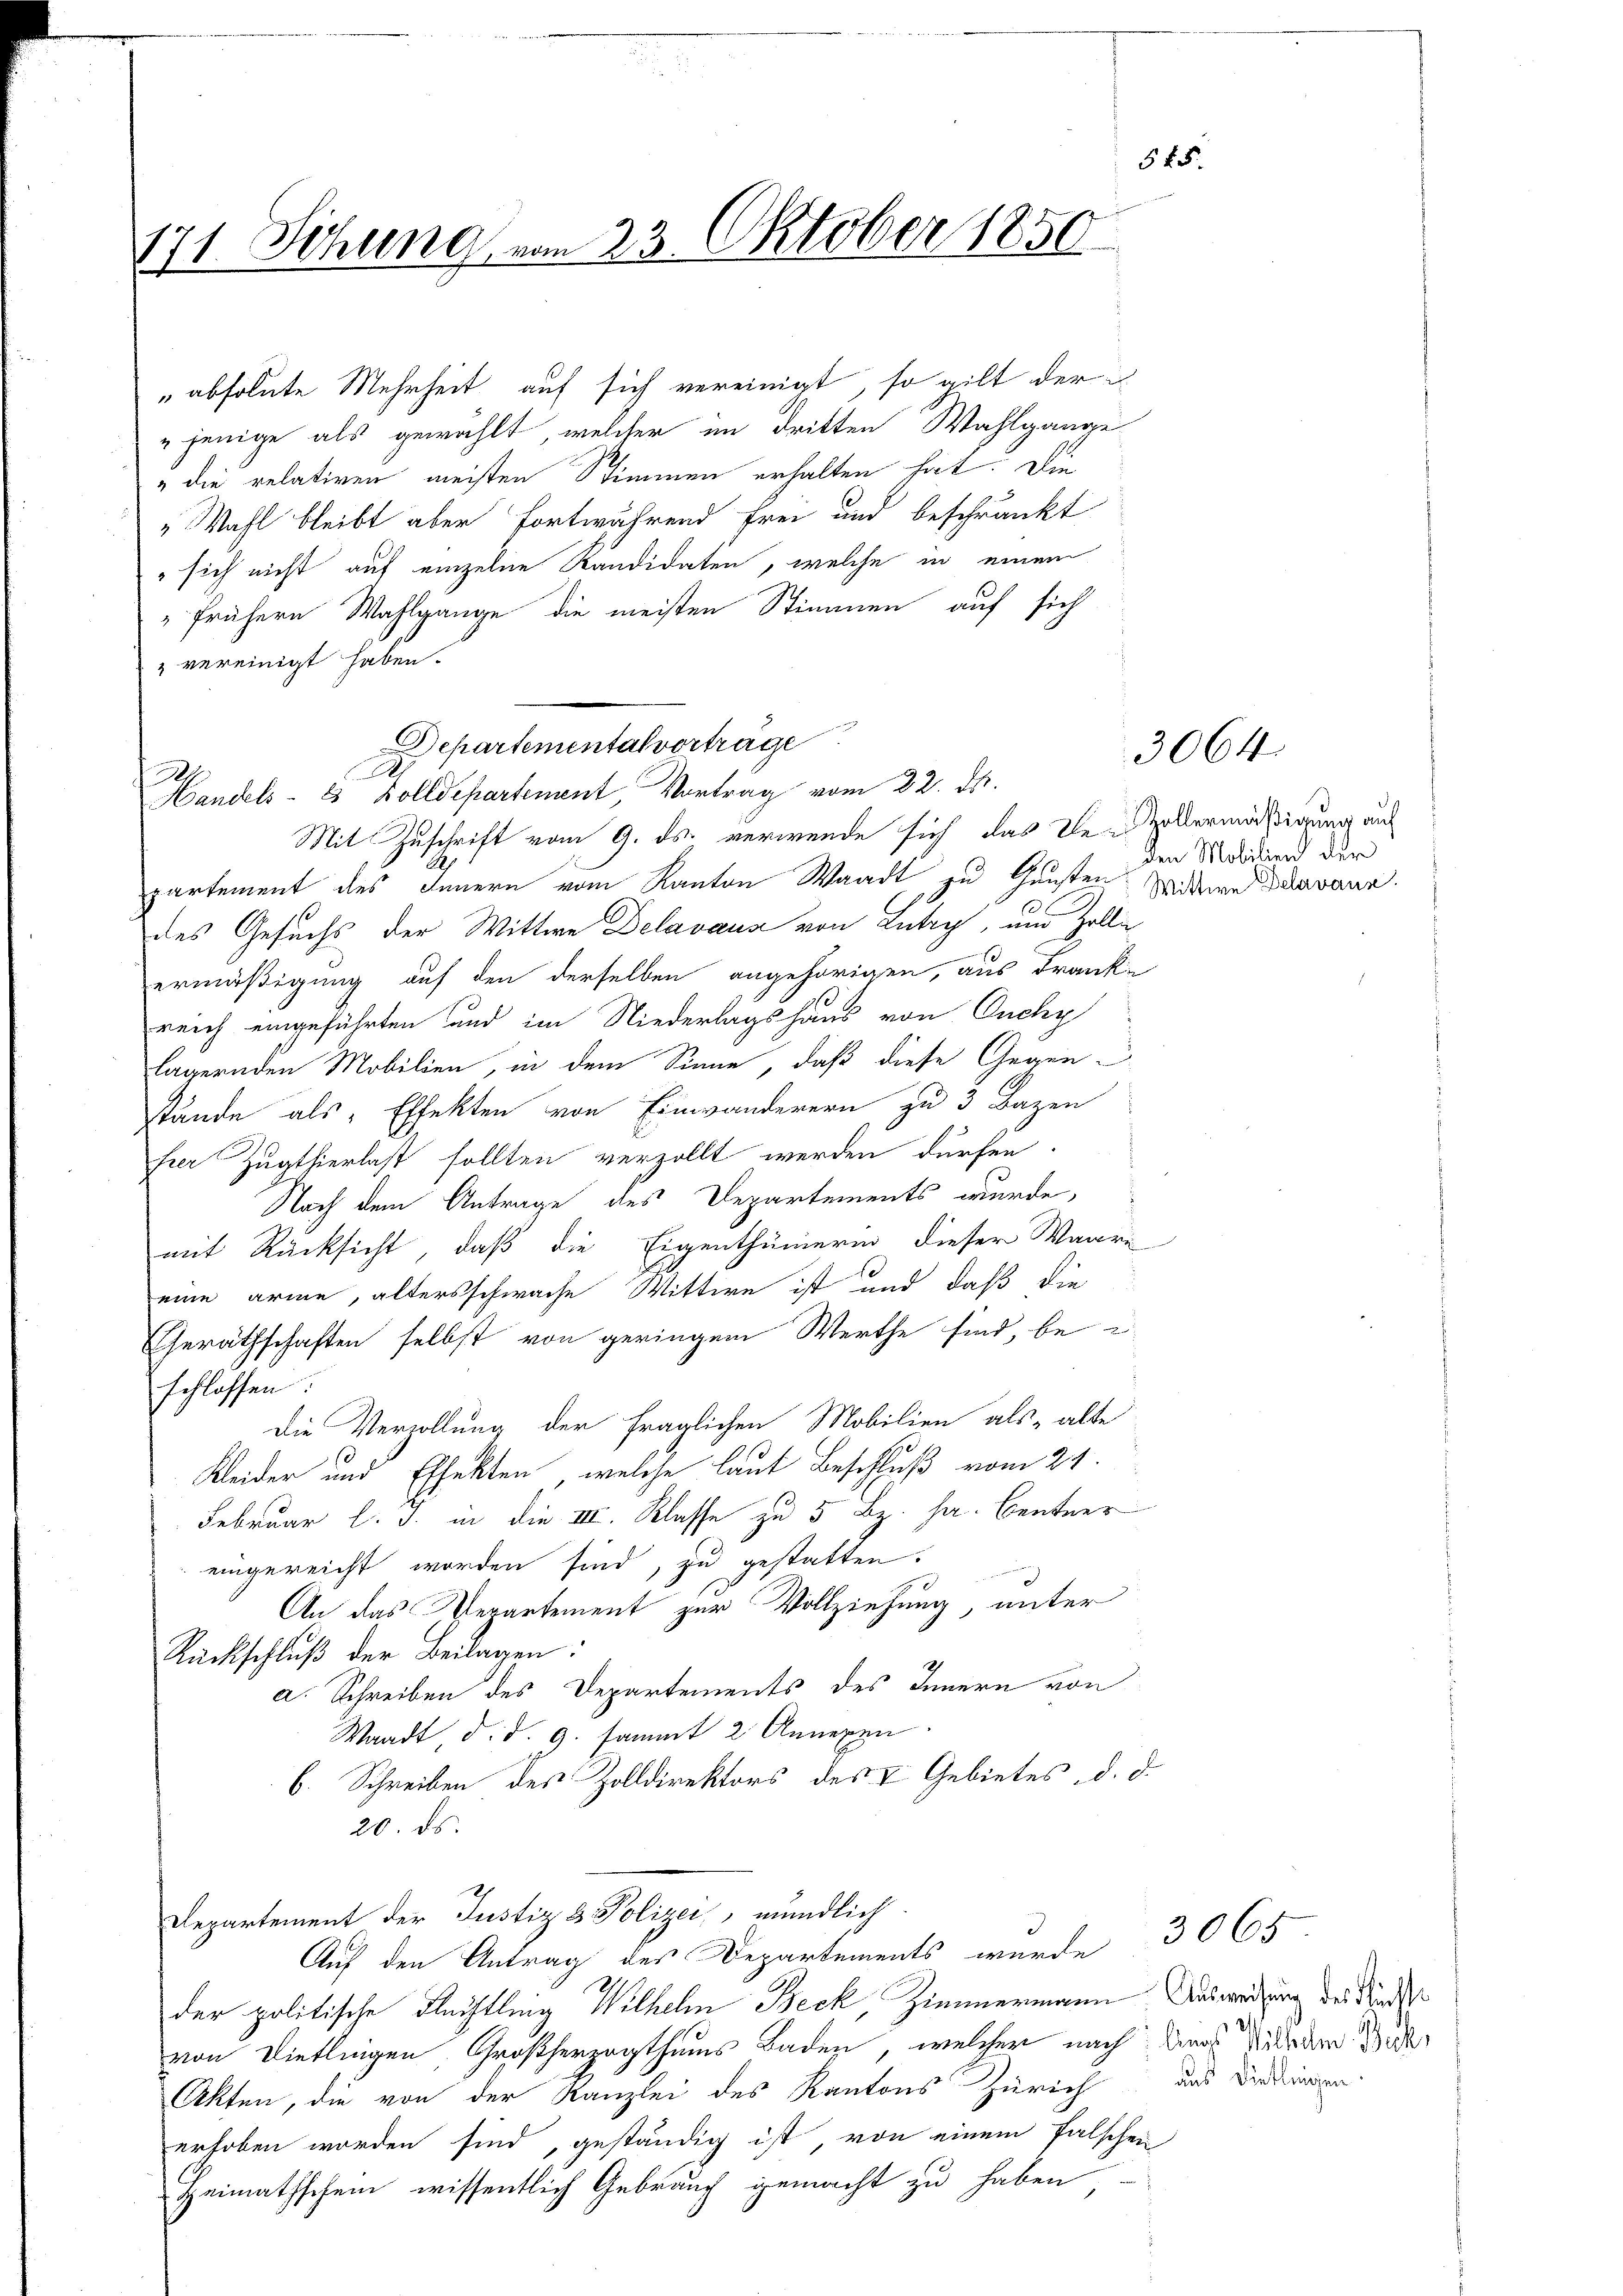
171 Sitzung vom 23. Oktober 1850

" absolute Mehrheit auf sich vereinigt, so gilt der
"jenige als gewählt, welcher im dritten Wahlgange
" die relativen meisten Stimmen erhalten hat. Die
„Wahl bleibt aber fortwährend Frei und beschränkt
 sich nicht auf einzelne Kandidaten, welche in einem
"frühern Wahlgange die meisten Stimmen auf sich
 vereinigt haben.
.
Handels- & Zolldepartement Vortrag vom 22. ds.
Mit Zuschrift vom 9. ds. verwende sich das De-Zollermäßigung auf
partement des Innern vom Kanton Waadt zu Gunsten Wittern darann
s
des Gesuchs der Wittwe Delavaux von Lutry, und Zolli
ermäßigung auf den derselben angehörigen, aus Franke
reich eingeführten und im Niederlagshaus von Ouchy
lägernden Mobilien, in dem Sinne, daß diese Gegen
stände als „Effekten von Einwanderern zu 3 Bazen
hrer Zugthierlast sollten verzollt werden dürfen.
Nach dem Antrage des Departements wurde,
mit Rücksicht, daß die Eigenthümerin dieser Waare
eine arme, altersschwache Wittwe ist und daß die
Geräthschaften selbst von geringem Werthe sind, be
schlossen:
Die Verzollung der fraglichen Mobilien als alte
Kleider und Effekten, welche laut Beschluß vom 24.
Februar l. J. in die IIII. Klasse zu 5 Bz. ha. Centner
eingereicht worden sind, zu gestatten.
An das Departement zur Vollziehung, unter
Rückschluß der Beilagen:
a. Schreiben des Departements des Innern von
Waadt, d. d. 9. sammt 2 Annexen.
6. Schreiben des Zolldirektors des V. Gebietes d. d.
20. ds.
Departement der Justiz & Polizei, mündlich
Auf den Antrag des Departements wurde 3065
der politische Flechtling Wilhelm Beck, Zimmermann
von Dietlingen Großherzogthums Baden, welcher nach und Wiedern die
Akten, die von der Kanzlei des Kantons Zürich
erhoben worden sind, geständig ist, von einem falschen
Heimathschein wissentlich Gebrauch gemacht zu haben.

Departementalvorträge

545.

3064.

den Mobilien der

Ausweisung des Füchsi
aus Dietlingen.